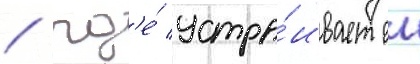
/ гд'е́ устра́ивает еи